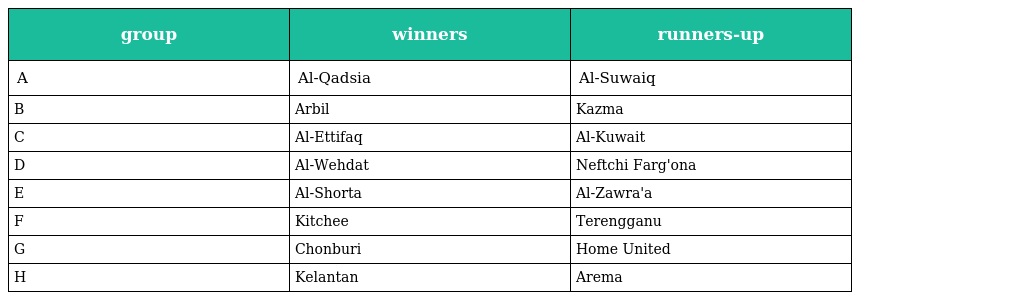
| group | winners | runners-up |
 | --- | --- | --- |
 | A | Al-Qadsia | Al-Suwaiq |
 | B | Arbil | Kazma |
 | C | Al-Ettifaq | Al-Kuwait |
 | D | Al-Wehdat | Neftchi Farg'ona |
 | E | Al-Shorta | Al-Zawra'a |
 | F | Kitchee | Terengganu |
 | G | Chonburi | Home United |
 | H | Kelantan | Arema |